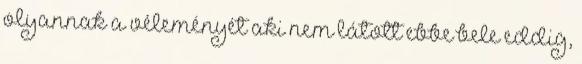
olyannak a véleményét aki nem látott ebbe bele eddig,